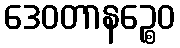
ဒေဝတာနဉ္စေဝ